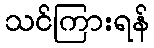
သင်ကြားရန်